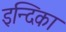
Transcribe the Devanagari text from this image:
इन्दिका